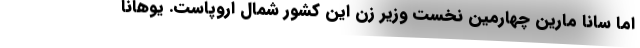
اما سانا مارین چهارمین نخست وزیر زن این کشور شمال اروپاست. یوهانا